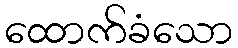
ထောက်ခံသော